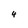
Character: 4